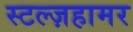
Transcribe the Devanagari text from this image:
स्टल्ज़हामर